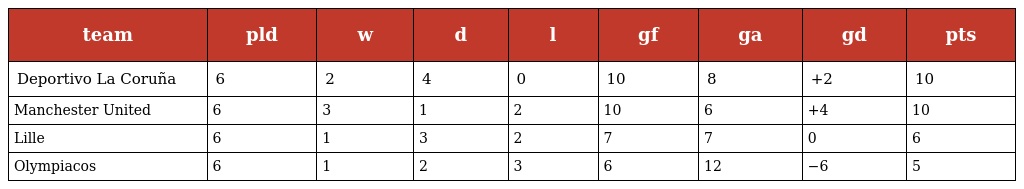
| team | pld | w | d | l | gf | ga | gd | pts |
 | --- | --- | --- | --- | --- | --- | --- | --- | --- |
 | Deportivo La Coruña | 6 | 2 | 4 | 0 | 10 | 8 | +2 | 10 |
 | Manchester United | 6 | 3 | 1 | 2 | 10 | 6 | +4 | 10 |
 | Lille | 6 | 1 | 3 | 2 | 7 | 7 | 0 | 6 |
 | Olympiacos | 6 | 1 | 2 | 3 | 6 | 12 | −6 | 5 |